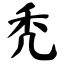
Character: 秃